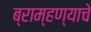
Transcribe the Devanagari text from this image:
ब्राम्हण्याचे